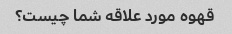
قهوه مورد علاقه شما چیست؟